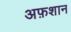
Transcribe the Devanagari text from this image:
अफ़शान